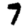
Digit: 7